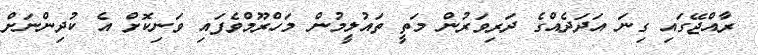
ރާއްޖޭގައިި ގިނަ އަދަދެއްގެ ދަރިވަރުން މަތީ ތައުލީމުން މަހްރޫމްވެފައި ވަނިކޮށް އެ ކުދިންނަށް